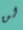
لن